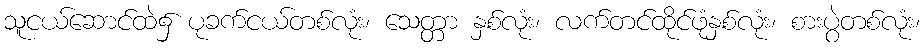
သူငယ်ဆောင်ထဲ၌ ပုခက်ငယ်တစ်လုံး၊ သေတ္တာ နှစ်လုံး၊ လက်တင်ထိုင်ဖုံနှစ်လုံး၊ စားပွဲတစ်လုံး၊